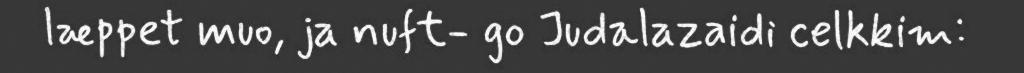
læppet muo, ja nuft- go Judalazaidi celkkim: